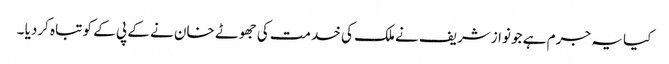
کیا یہ جرم ہے جو نوازشریف نے ملک کی خدمت کی جھوٹے خان نے کے پی کے کو تباہ کردیا ۔